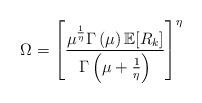
LaTeX: \begin{align*}\Omega = \left[ \frac{\mu^{\frac{1}{\eta}} \Gamma\left( \mu \right) \mathbb{E}[R_k]}{\Gamma\left( \mu + \frac{1}{\eta} \right)} \right]^\eta\end{align*}